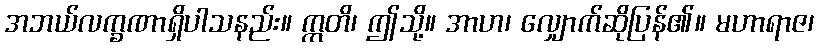
အဘယ်လက္ခဏာရှိပါသနည်း။ ဣတိ၊ ဤသို့။ အာဟ၊ လျှောက်ဆိုပြန်၏။ မဟာရာဇ၊